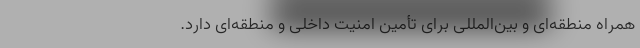
همراه منطقه‌ای و بین‌المللی برای تأمین امنیت داخلی و منطقه‌ای دارد.